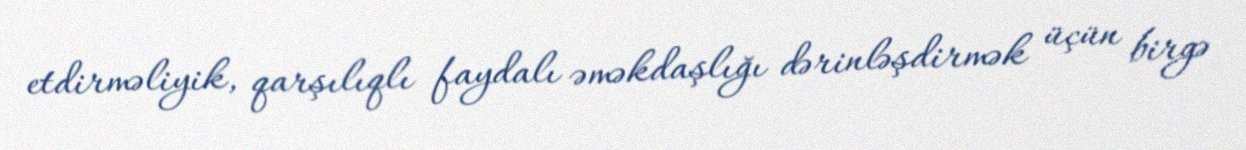
etdirməliyik, qarşılıqlı faydalı əməkdaşlığı dərinləşdirmək üçün birgə